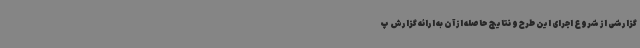
گزارشی از شروع اجرای این طرح و نتایج حاصله از آن به ارائه گزارش پ